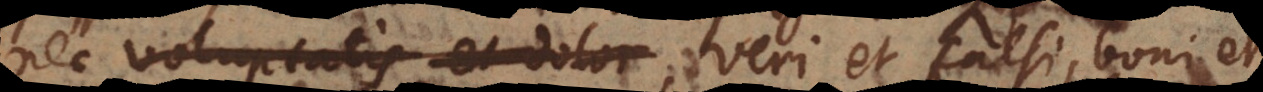
nec voluptatis et dolor veri et falsi, boni et